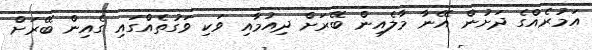
އަމުރެއްގެ ދަށުން އޭނާ މާލެއިން ބޭރަށް ދިއުމާއި ވަކި ވަގުތެއްގައި ގެއިން ބޭރަށް